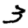
Digit: 3